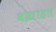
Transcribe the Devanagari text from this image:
वज्राहत